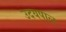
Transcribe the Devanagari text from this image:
उदयपाल